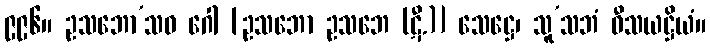
၉၉၆။ ဥသဘော’သဓ ဂေါ [ဥသဘော ဥသဘေ (ဋီ.)] သေဋ္ဌေ၊ သူ’သဘံ ဝီသယဋ္ဌိယံ။